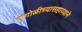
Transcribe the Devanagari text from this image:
रांगोळीच्यासहाय्याने